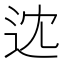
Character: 𨑻